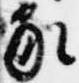
家